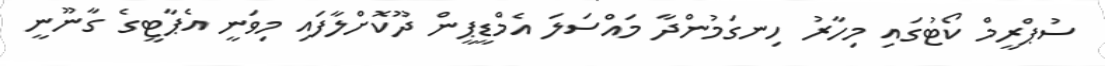
ސުޕްރީމް ކޯޓުގައި މިހާރު ހިނގަމުންދާ މައްސަލަ އެމްޑީޕީން ދޫކޮށްލާފައި މިވަނީ އެޕާޓީގެ ގާނޫނީ